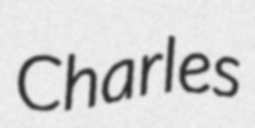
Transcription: Charles